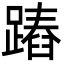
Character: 蹖